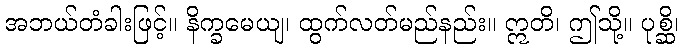
အဘယ်တံခါးဖြင့်။ နိက္ခမေယျ၊ ထွက်လတ်မည်နည်း။ ဣတိ၊ ဤသို့။ ပုစ္ဆိ၊